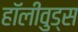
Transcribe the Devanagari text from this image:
हॉलीवुड्स